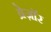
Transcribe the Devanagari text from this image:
ब्रेज़ाॅर